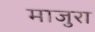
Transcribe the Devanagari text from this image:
माजुरा